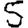
Digit: 5